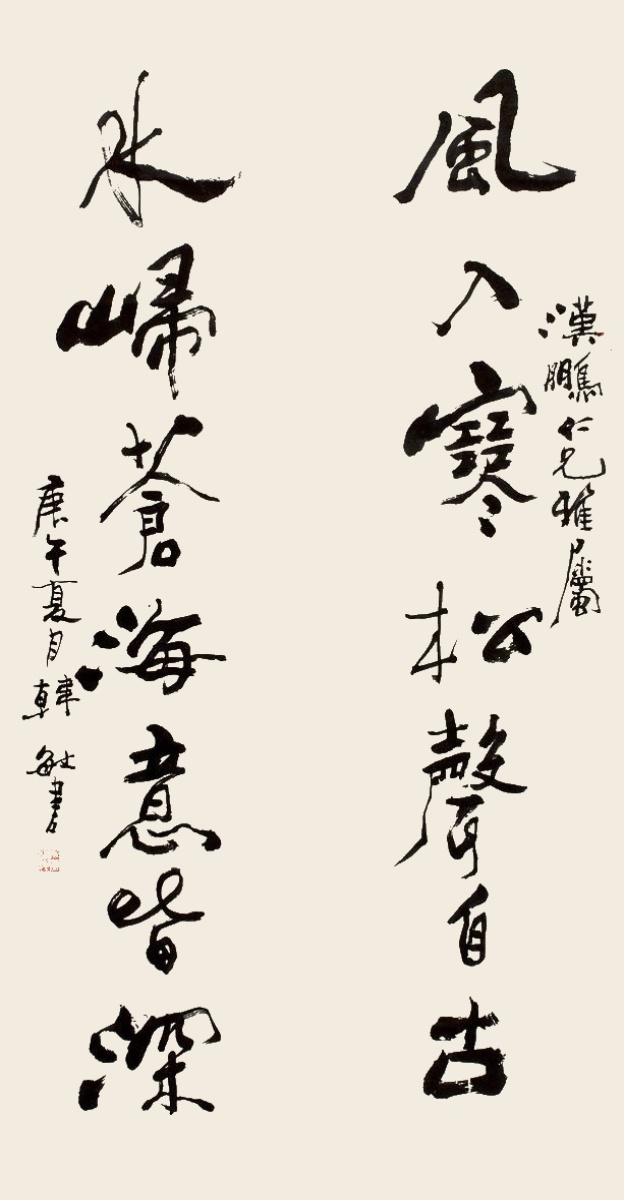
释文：风入寒声松自古，水归苍海意皆深。汉鹏仁兄雅属，庚午夏月，韩敏书。